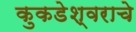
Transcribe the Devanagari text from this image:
कुकडेश्वराचे